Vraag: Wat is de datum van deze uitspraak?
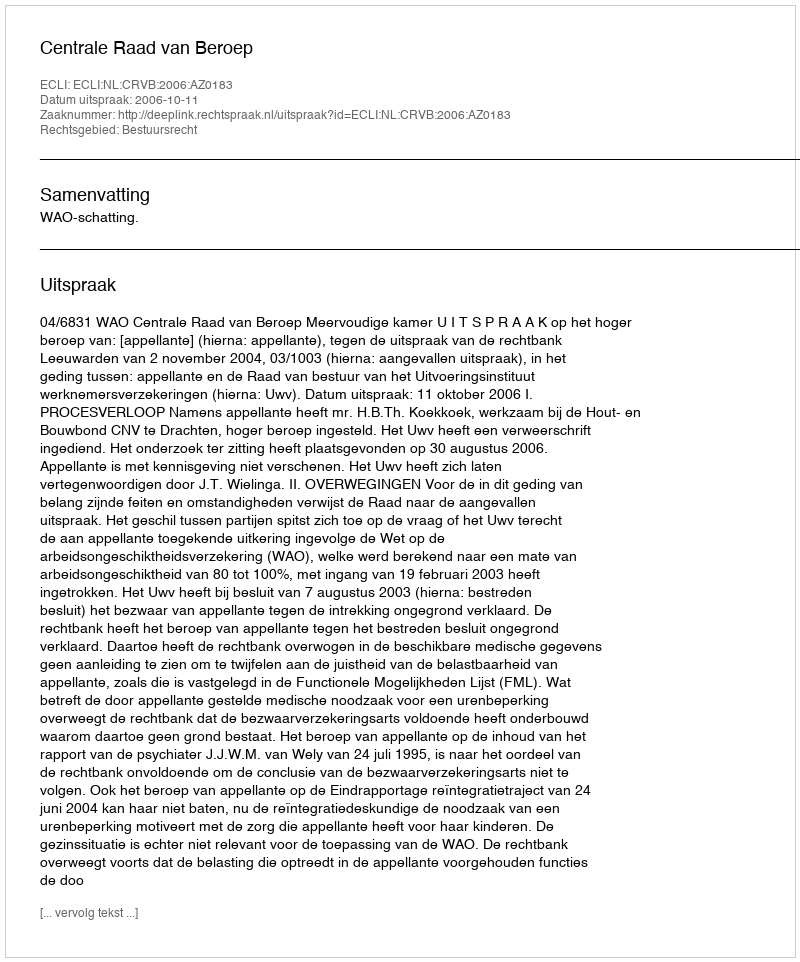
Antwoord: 2006-10-11